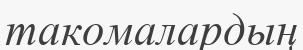
такомалардың